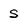
Character: s